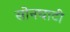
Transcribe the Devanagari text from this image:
सोनघाटी